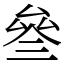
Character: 叄